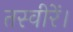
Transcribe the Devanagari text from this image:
तस्वीरें।